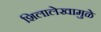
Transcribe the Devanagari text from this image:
शिलालेखामुळे